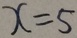
x = 5